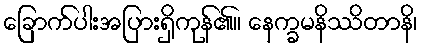
ခြောက်ပါးအပြားရှိကုန်၏။ နေက္ခမနိဿိတာနိ၊